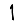
Digit: 1